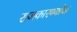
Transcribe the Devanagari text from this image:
राजकारण्यांचा